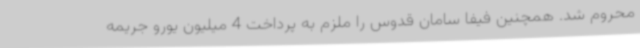
محروم شد. همچنین فیفا سامان قدوس را ملزم به پرداخت 4 میلیون یورو جریمه